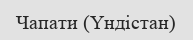
Чапати (Үндістан)